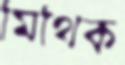
মিথিক